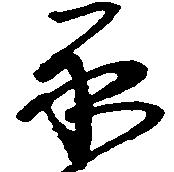
永